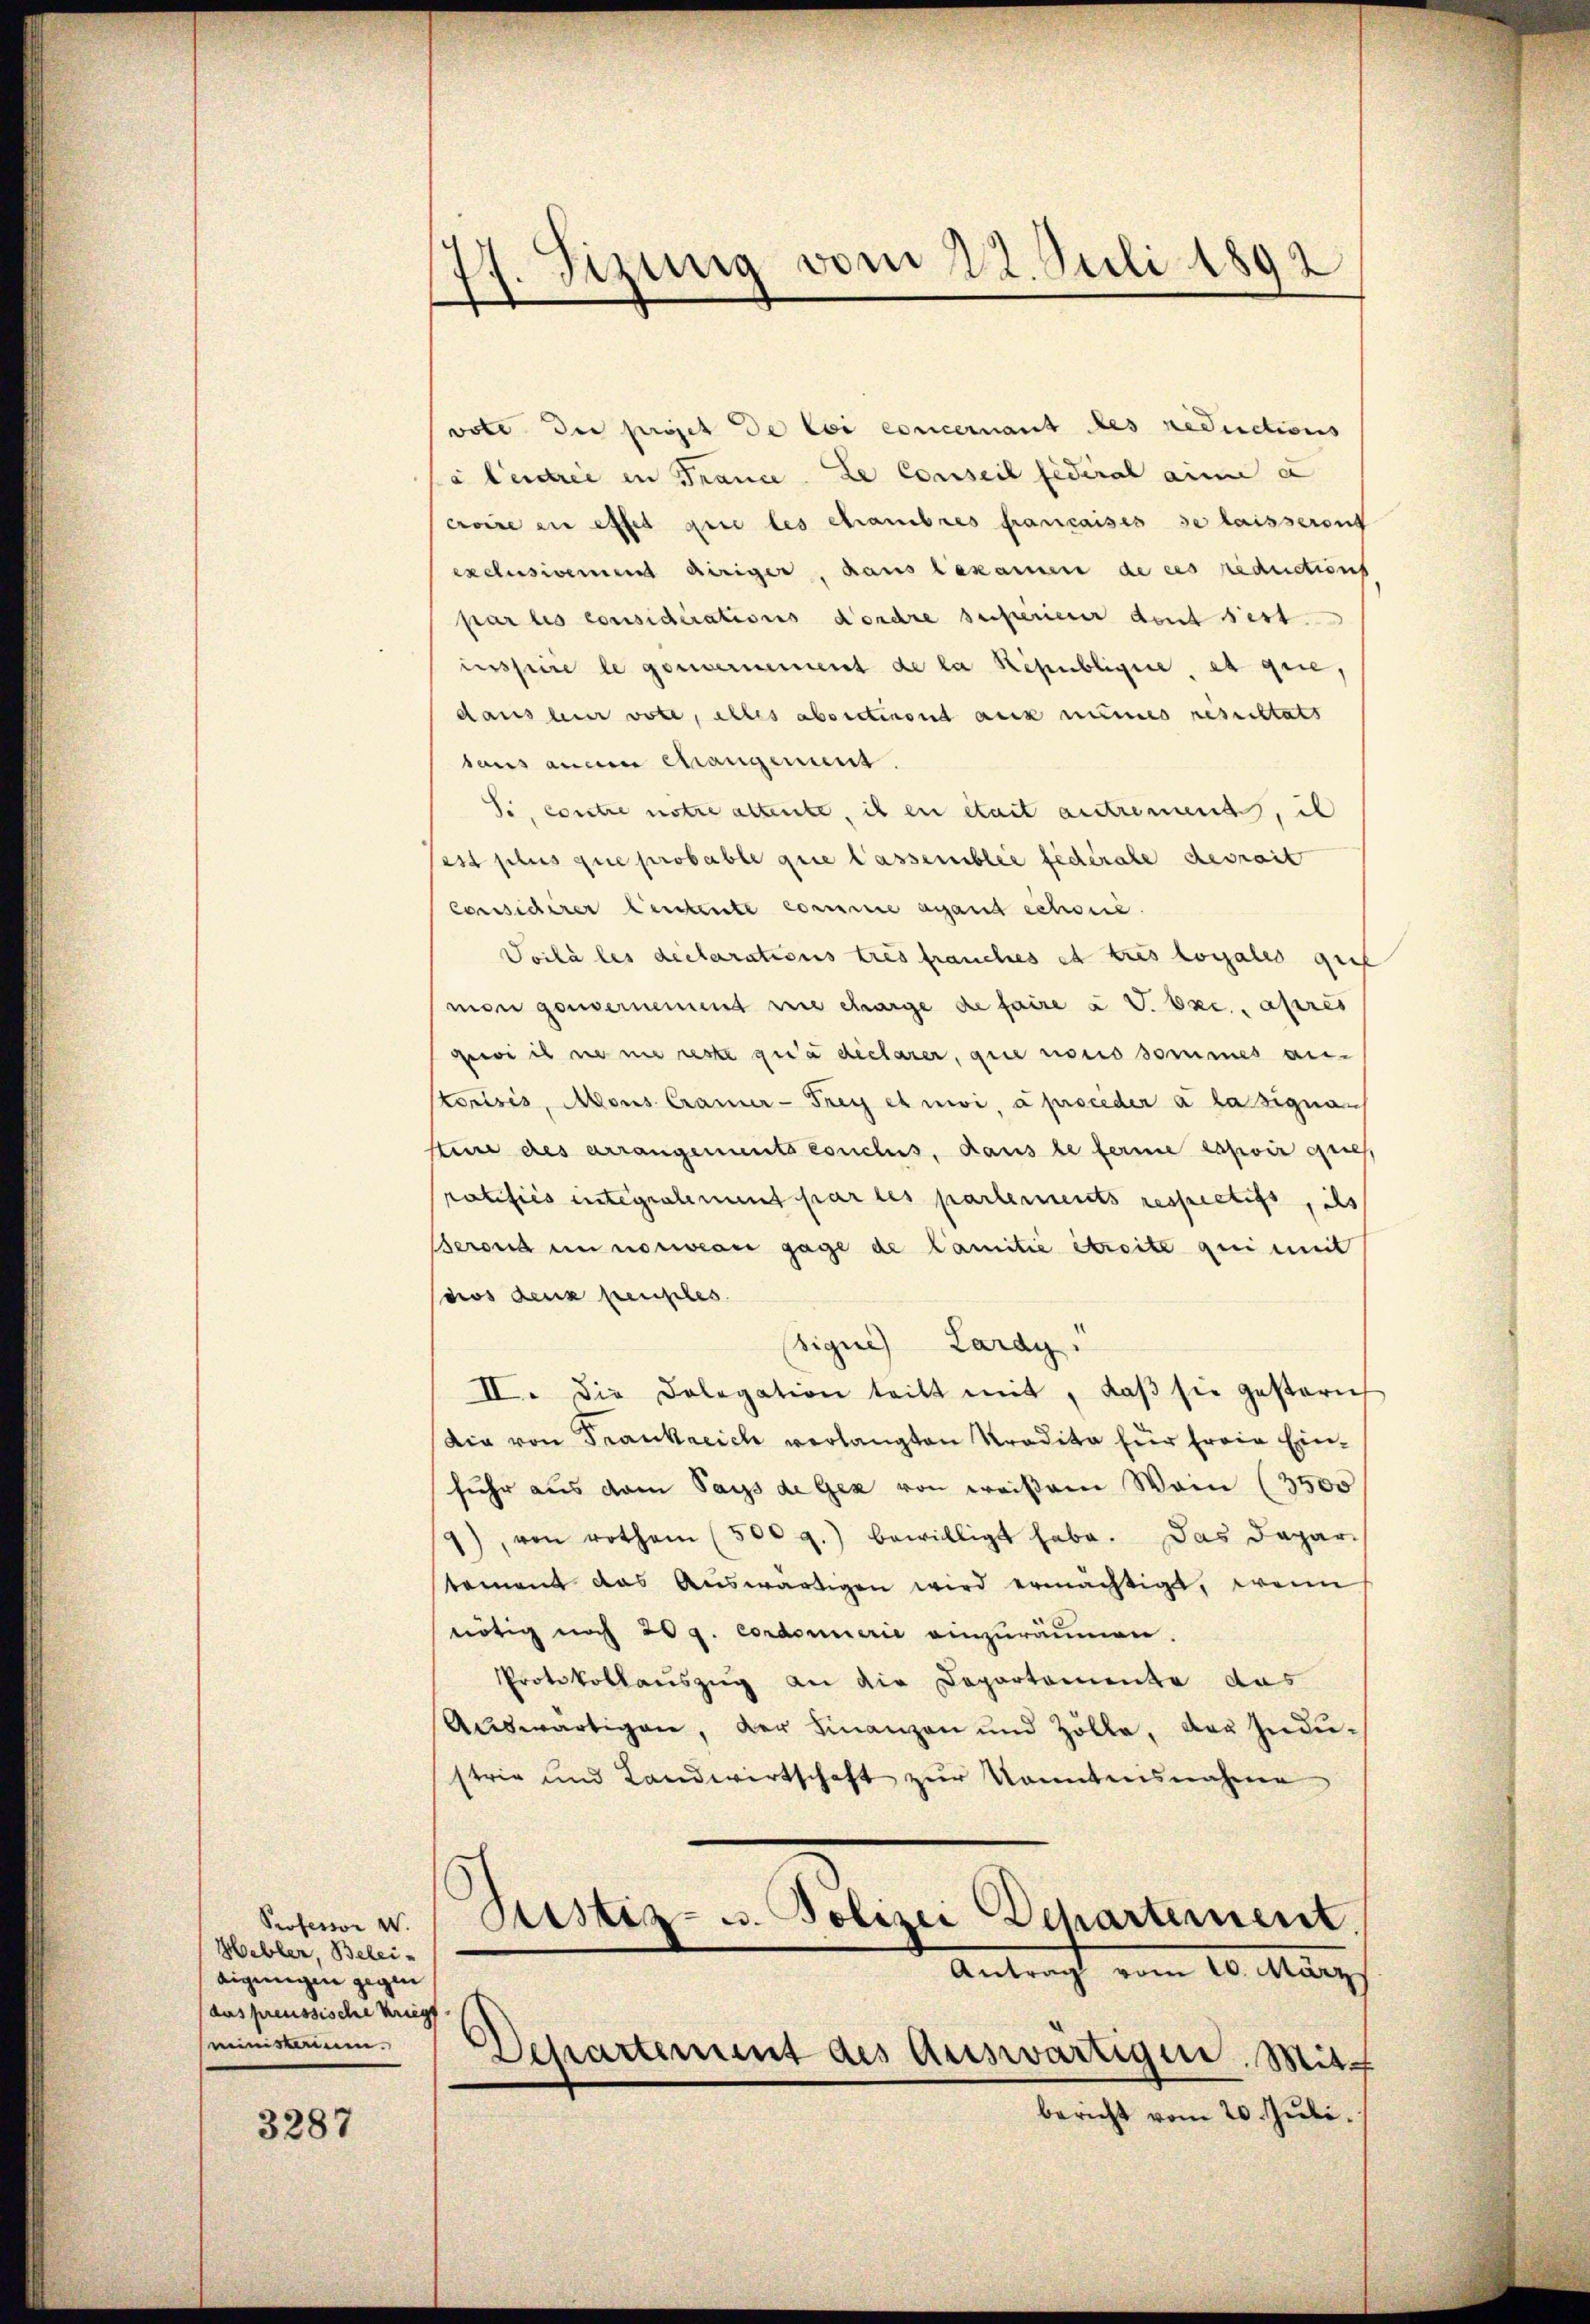
Professor W.
Hebler, Belei-
eigungen gegen
dus preussische Kriegs
ministerium.

3287

47. Sizung vom 22. Juli 1892
e

vote die projet de loi concernant les reductions
à Centrie in France. Le conseil fédéral aine a
croire an effet que les chambres francaises se laisseront
exclusivement diriger, haus bekamen de ces reductions
par les considérations dordre superierer deut sest
insseine le gouvernement de la République, et que,
dans hier vote, alles absectirend auck numes resultats
taus ainen Changement.
Si, contre notre altente, ich en était autrement, il
sest plus que probable que lassemblée fédérale devrait
considirer Centente comme agand schwere.
Soilà les declarations tres franches et tres loyales gut
mon gouvernement wie charge de faire à V. Exc., après
gewich sie nie reste qua declarer, que nonis sommes anstorisis, Mons Cramer-Frey et nivi, a proceder a la signan
steine des arrangements conclus, dans le ferne espoir ques,
ratifics integralement par les partements respectifs, ils
ernd in nouveau gage de Camilie Streite gei mit
dos deux perples
Signe Lardy
II. Die Dolegation teilt mit, daβ sie gestern
(dia von Frankreich verlangten Pradita für Erwie Einfuhr aus dem Pays de Gex von weißem Wein (3500
9), von rothan (500 f.) bewilligt habe. Das Dapar-
tament das Aŭswärtigen wird ermächtigt, wenn
nötig noch 20 g. condonnerie einzuräumen.
Protokollauszug an die Capartemente aus
Auswärtigen, der Finanzen und Zölle, das Industrie und Landwirtschaft zŭr Kenntnisnahme

Sistiz- u. Polizei Departement
Antrag vom 10. März
Departement des Auswärtigen. Mit-

bericht vom 20. Juli.